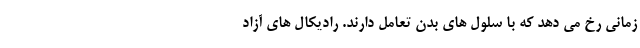
زمانی رخ می دهد که با سلول های بدن تعامل دارند. رادیکال های آزاد